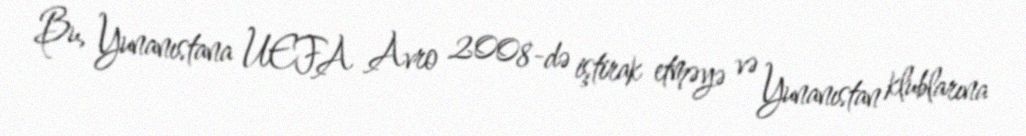
Bu, Yunanıstana UEFA Avro 2008-də iştirak etməyə və Yunanıstan klublarına